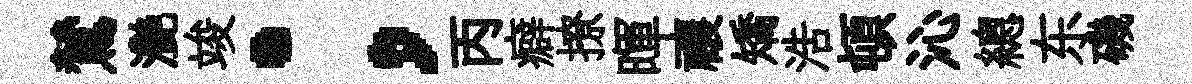
鷥灧竣；丙癖撩暉禳矯浩頓沁總东磯